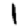
Digit: 1